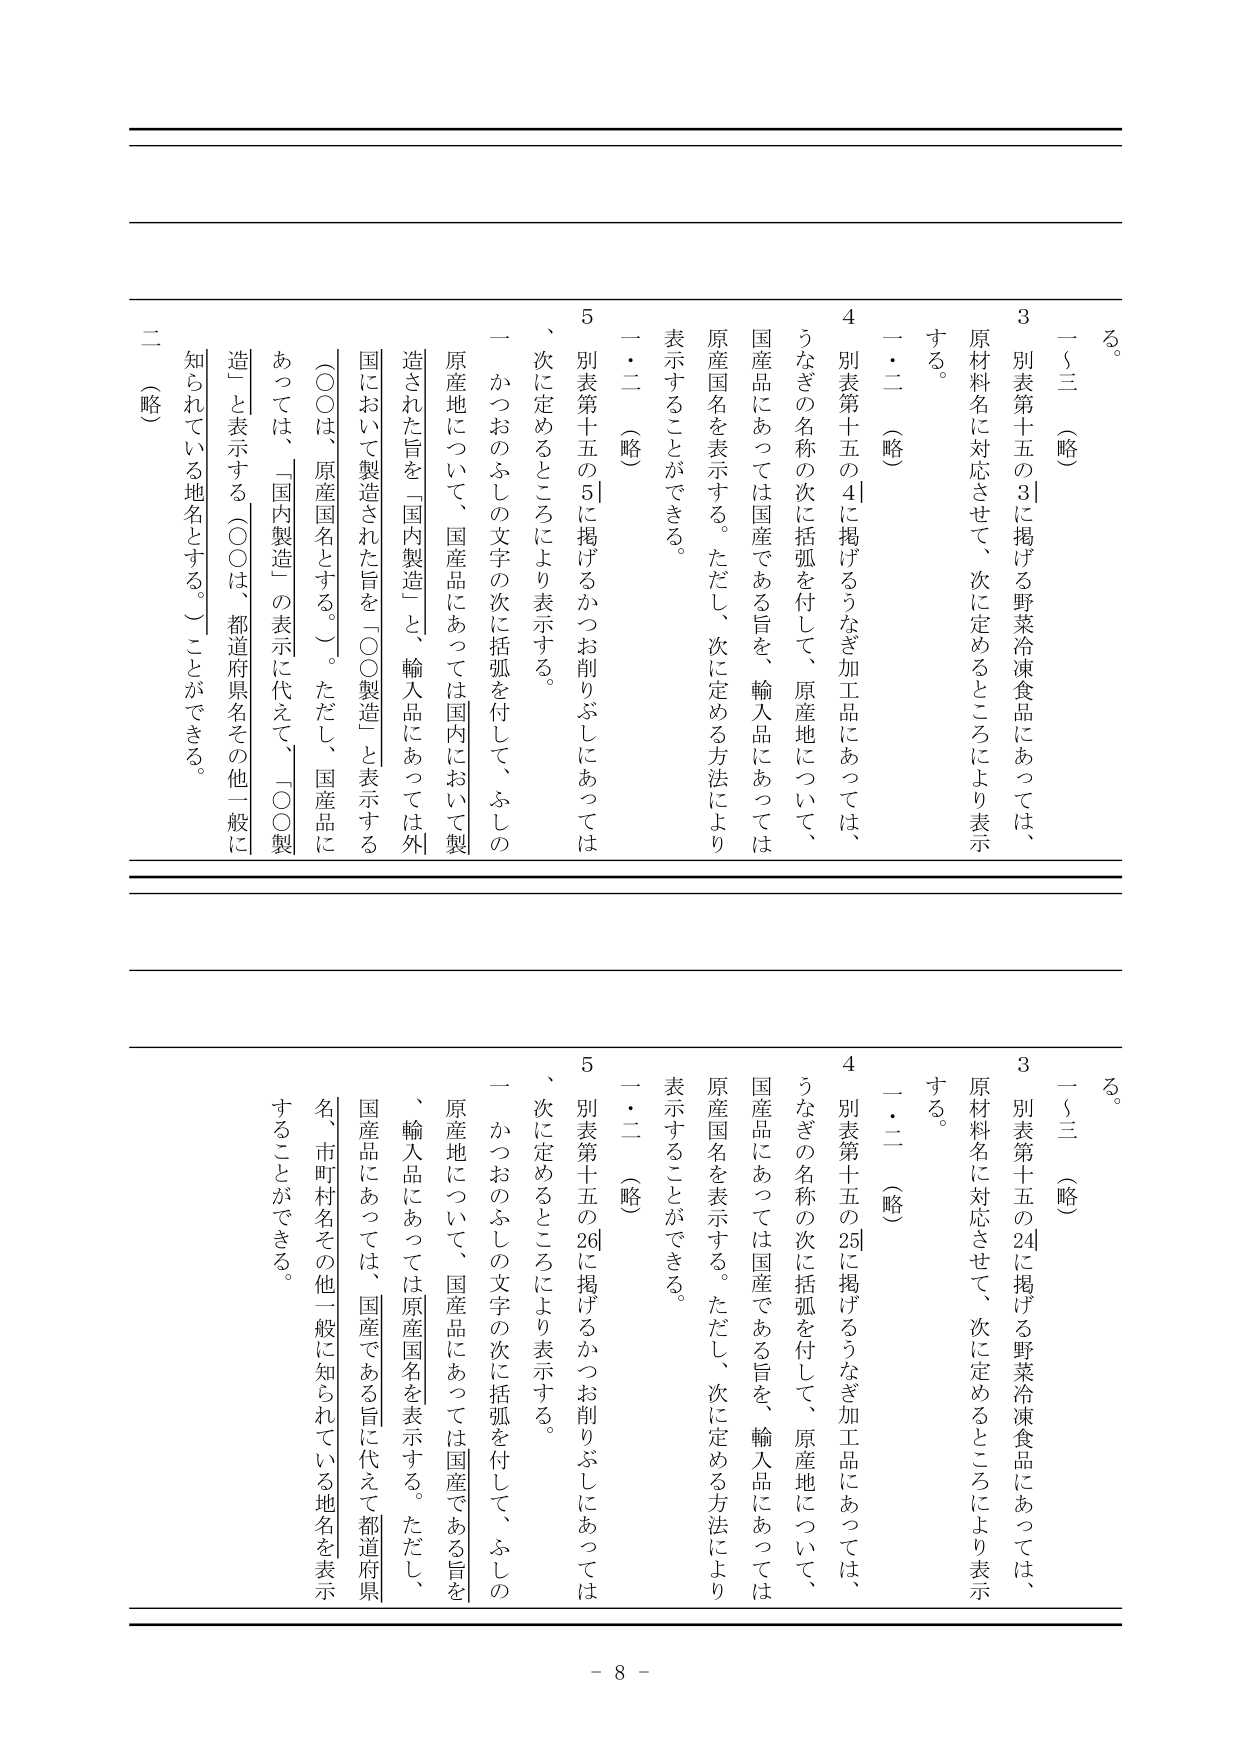
ろ。
一～三（略）
3 別表第十五の3に掲げる野菜冷凍食品にあっては、
原材料名に対応させて、次に定めるところにより表示
する。
一・二（略）
4 別表第十五の4に掲げるうなぎ加工品にあっては、
うなぎの名称の次に括弧を付して、原産地について、
国産品にあっては国産である旨を、輸入品にあっては
原産国名を表示する。ただし、次に定める方法により
表示することができる。
一・二（略）
5 別表第十五の5に掲げるかつお削りぶしにあっては
、次に定めるところにより表示する。
一 かつおのふしの文字の次に括弧を付して、ふしの
原産地について、国産品にあっては国内において製
造された旨を「国内製造」と、輸入品にあっては外
国において製造された旨を「○○製造」と表示する
（○○は、原産国名とする。）。ただし、国産品に
あっては、「国内製造」の表示に代えて、「○○製
造」と表示する（○○は、都道府県名その他一般に
知られている地名とする。）ことができる。
二（略）

ろ。
一～三（略）
3 別表第十五の24に掲げる野菜冷凍食品にあっては、
原材料名に対応させて、次に定めるところにより表示
する。
一・二（略）
4 別表第十五の25に掲げるうなぎ加工品にあっては、
うなぎの名称の次に括弧を付して、原産地について、
国産品にあっては国産である旨を、輸入品にあっては
原産国名を表示する。ただし、次に定める方法により
表示することができる。
一・二（略）
5 別表第十五の26に掲げるかつお削りぶしにあっては
、次に定めるところにより表示する。
一 かつおのふしの文字の次に括弧を付して、ふしの
原産地について、国産品にあっては国産である旨を
、輸入品にあっては原産国名を表示する。ただし、
国産品にあっては、国産である旨に代えて都道府県
名、市町村名その他一般に知られている地名を表示
することができる。

- 8 -